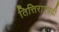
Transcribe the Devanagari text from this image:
तित्तिराएवढी